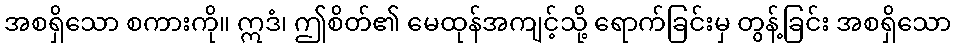
အစရှိသော စကားကို။ ဣဒံ၊ ဤစိတ်၏ မေထုန်အကျင့်သို့ ရောက်ခြင်းမှ တွန့်ခြင်း အစရှိသော